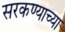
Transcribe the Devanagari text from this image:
सरकण्याच्या